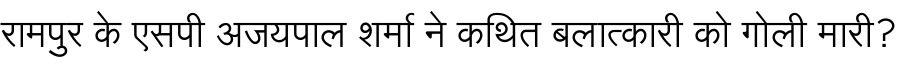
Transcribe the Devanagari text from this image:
रामपुर के एसपी अजयपाल शर्मा ने कथित बलात्कारी को गोली मारी?